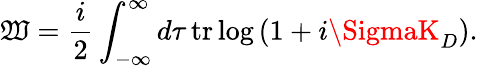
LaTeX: \mathfrak{W}={\frac{{i}}{{2}}}\int_{-\infty}^{\infty}d\tau\, \mathrm{{tr}}\log\left(1+i\SigmaK_{D}\right).